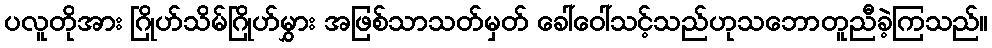
ပလူတိုအား ဂြိုဟ်သိမ်ဂြိုဟ်မွှား အဖြစ်သာသတ်မှတ် ခေါ်ဝေါ်သင့်သည်ဟုသဘောတူညီခဲ့ကြသည်။